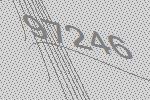
97246